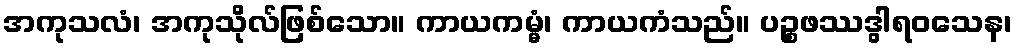
အကုသလံ၊ အကုသိုလ်ဖြစ်သော။ ကာယကမ္မံ၊ ကာယကံသည်။ ပဉ္စဖဿဒွါရဝသေန၊